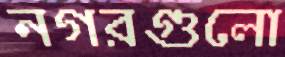
নগরগুলো